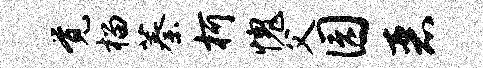
觉榴蓁柯愧父园恶